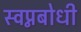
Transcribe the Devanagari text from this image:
स्वप्नबोधी